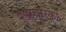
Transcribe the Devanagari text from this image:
दुष्प्रचारकों